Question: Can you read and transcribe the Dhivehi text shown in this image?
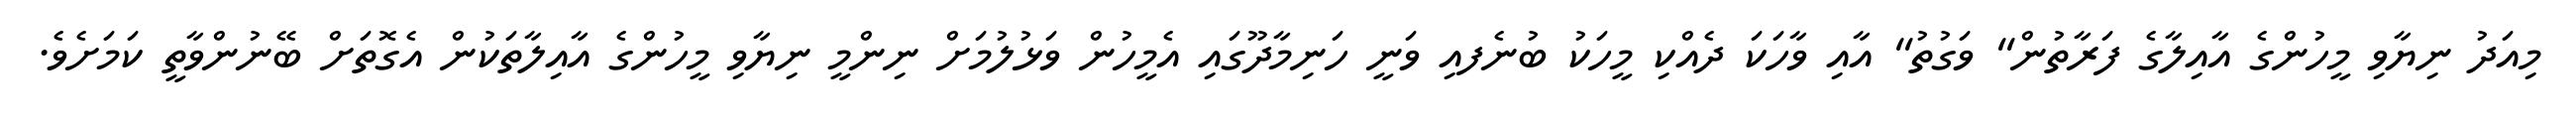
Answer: މިއަދު ނިޔާވި މީހުންގެ އާއިލާގެ ފަރާތުން" ވަގުތު" އާއި ވާހަކަ ދެއްކި މީހަކު ބުނެފއި ވަނީ ހަނިމާދޫގައި އެމީހުން ވަޅުލުމަށް ނިންމީ ނިޔާވި މީހުންގެ އާއިލާތަކުން އެގޮތަށް ބޭނުންވާތީ ކަމަށެވެ.